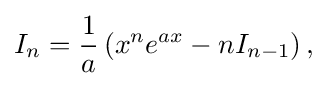
I_{n}={\frac {1}{a}}\left(x^{n}e^{ax}-nI_{n-1}\right),\,\!